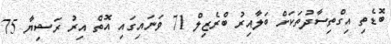
ބޮޑެތި އިގްތިސާދުތަކަށް ބަލާއިރު ބްރެޒިލް 71 ވަނައިގައި އޮތް އިރު ރަޝިޔާ 75